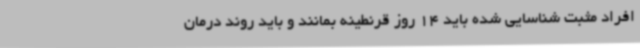
افراد مثبت شناسایی شده باید 14 روز قرنطینه بمانند و باید روند درمان